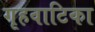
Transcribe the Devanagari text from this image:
गृहवाटिका